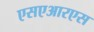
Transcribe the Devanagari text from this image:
एसएआरएस